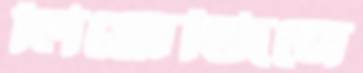
লিমোজিনে